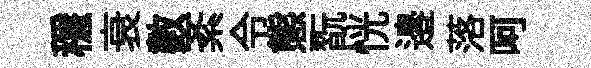
穩衰數紊令態翫恍邉落呵